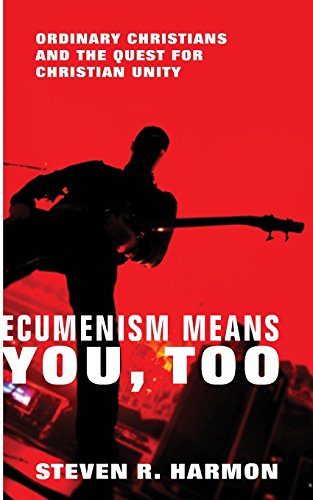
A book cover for Ecumenism Means You, Too: Ordinary Christians and the Quest for Christian Unity; Steven R. Harmon; Christian Books & Bibles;